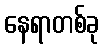
နေရာတစ်ခု